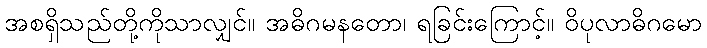
အစရှိသည်တို့ကိုသာလျှင်။ အဓိဂမနတော၊ ရခြင်းကြောင့်။ ဝိပုလာဓိဂမော